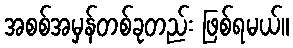
အစစ်အမှန်တစ်ခုတည်း ဖြစ်ရမယ်။